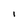
Character: 1